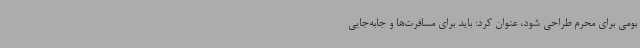
بومی برای محرم طراحی شود، عنوان کرد: باید برای مسافرت‌ها و جابه‌جایی